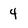
Character: 4